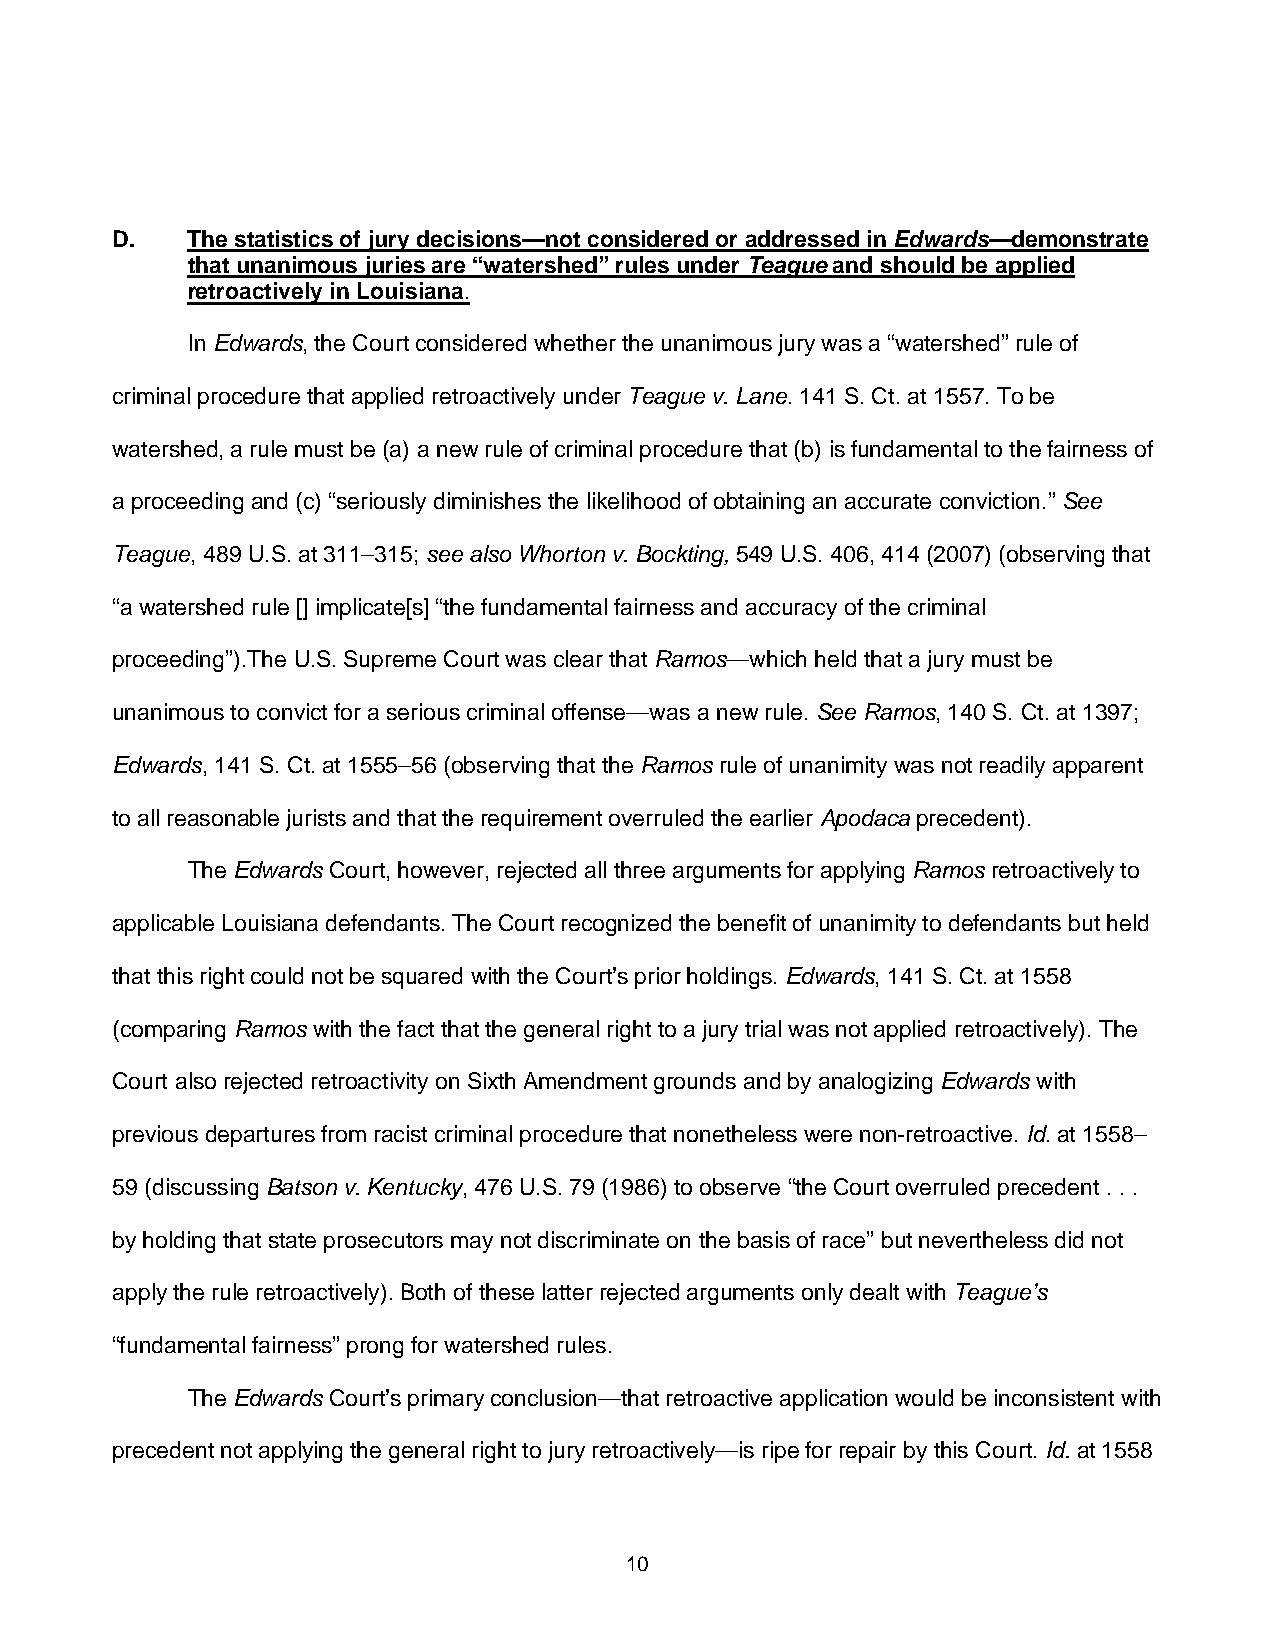
D.   The statistics of jury decisions—not considered or addressed in Edwards—demonstrate
 that unanimous juries are “watershed” rules under Teague and should be applied
 retroactively in Louisiana.
 In Edwards, the Court considered whether the unanimous jury was a “watershed” rule of
 criminal procedure that applied retroactively under Teague v. Lane. 141 S. Ct. at 1557. To be
 watershed, a rule must be (a) a new rule of criminal procedure that (b) is fundamental to the fairness of
 a proceeding and (c) “seriously diminishes the likelihood of obtaining an accurate conviction.” See
 Teague, 489 U.S. at 311–315; see also Whorton v. Bockting, 549 U.S. 406, 414 (2007) (observing that
 “a watershed rule [] implicate[s] “the fundamental fairness and accuracy of the criminal
 proceeding”).The U.S. Supreme Court was clear that Ramos—which held that a jury must be
 unanimous to convict for a serious criminal offense—was a new rule. See Ramos, 140 S. Ct. at 1397;
 Edwards, 141 S. Ct. at 1555–56 (observing that the Ramos rule of unanimity was not readily apparent
 to all reasonable jurists and that the requirement overruled the earlier Apodaca precedent).
 The Edwards Court, however, rejected all three arguments for applying Ramos retroactively to
 applicable Louisiana defendants. The Court recognized the benefit of unanimity to defendants but held
 that this right could not be squared with the Court’s prior holdings. Edwards, 141 S. Ct. at 1558
 (comparing Ramos with the fact that the general right to a jury trial was not applied retroactively). The
 Court also rejected retroactivity on Sixth Amendment grounds and by analogizing Edwards with
 previous departures from racist criminal procedure that nonetheless were non-retroactive. Id. at 1558–
 59 (discussing Batson v. Kentucky, 476 U.S. 79 (1986) to observe “the Court overruled precedent . . .
 by holding that state prosecutors may not discriminate on the basis of race” but nevertheless did not
 apply the rule retroactively). Both of these latter rejected arguments only dealt with Teague’s
 “fundamental fairness” prong for watershed rules.
 The Edwards Court’s primary conclusion—that retroactive application would be inconsistent with
 precedent not applying the general right to jury retroactively—is ripe for repair by this Court. Id. at 1558
 10